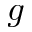
g